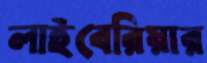
লাইবেরিয়ার